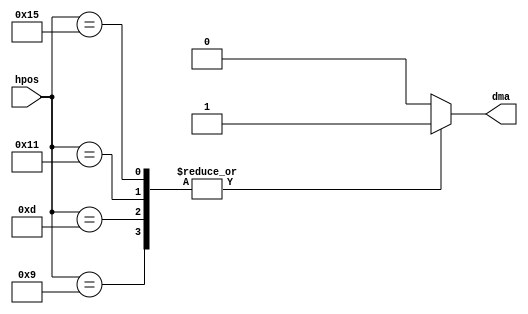
module agnus_refresh
(
	input	[8:0] hpos,
	output	reg dma
);

//dma request
always @(hpos)
	case (hpos)
		9'b0000_0100_1 : dma = 1'b1;
		9'b0000_0110_1 : dma = 1'b1;
		9'b0000_1000_1 : dma = 1'b1;
		9'b0000_1010_1 : dma = 1'b1;
		default        : dma = 1'b0;
	endcase


endmodule